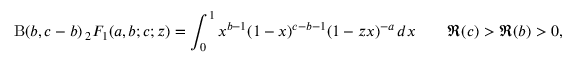
\mathrm { B } ( b , c - b ) \, _ { 2 } F _ { 1 } ( a , b ; c ; z ) = \int _ { 0 } ^ { 1 } x ^ { b - 1 } ( 1 - x ) ^ { c - b - 1 } ( 1 - z x ) ^ { - a } \, d x \qquad \Re ( c ) > \Re ( b ) > 0 ,